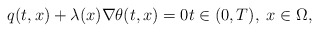
\begin{align*} q(t, x) + \lambda(x) \nabla \theta(t, x) = 0 t \in (0, T), \; x \in \Omega, \end{align*}